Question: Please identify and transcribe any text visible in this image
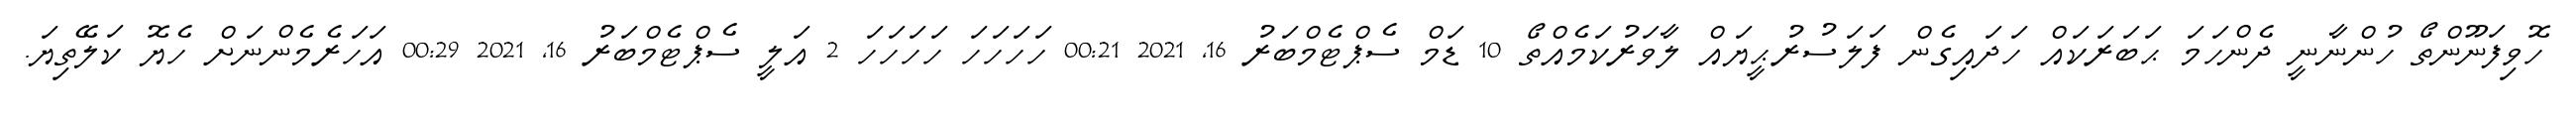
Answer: ހޮވިފަނޫންތޯ ހުންނާނީ ދެންހަމަ ޙަބަރަކައް ހަދައިގެން ފަލަސުރުޙީޔައް ލާވަރުކަމެއްތޯ 10 ޑަމް ސެޕްޓެމްބަރު 16, 2021 00:21 ހަހަހަހަ ހަހަހަހަ 2 އަލީ ސެޕްޓެމްބަރު 16, 2021 00:29 އަހަރެމެންނަށް ހެޔޮ ކަލޭތިޔަ.